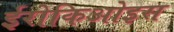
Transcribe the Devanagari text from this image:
ईरोकिओइस